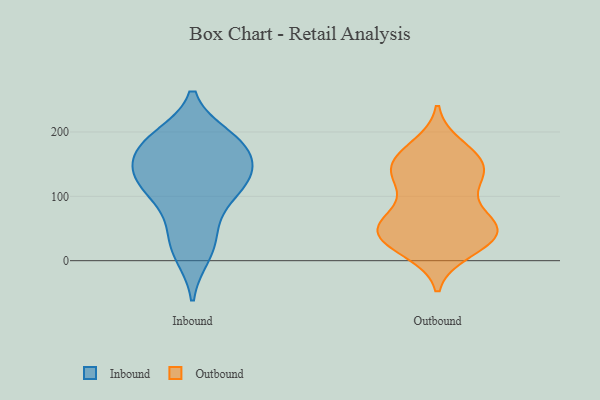
{"axis": {"x": "Market Share (%)", "y": "Value"}, "legend": ["Inbound", "Outbound"], "data": [{"x": "", "y": 118, "type": "Inbound"}, {"x": "", "y": 118, "type": "Inbound"}, {"x": "", "y": 187, "type": "Inbound"}, {"x": "", "y": 121, "type": "Inbound"}, {"x": "", "y": 157, "type": "Inbound"}, {"x": "", "y": 74, "type": "Inbound"}, {"x": "", "y": 191, "type": "Inbound"}, {"x": "", "y": 20, "type": "Inbound"}, {"x": "", "y": 138, "type": "Inbound"}, {"x": "", "y": 176, "type": "Inbound"}, {"x": "", "y": 137, "type": "Inbound"}, {"x": "", "y": 178, "type": "Inbound"}, {"x": "", "y": 44, "type": "Inbound"}, {"x": "", "y": 10, "type": "Inbound"}, {"x": "", "y": 113, "type": "Inbound"}, {"x": "", "y": 185, "type": "Inbound"}, {"x": "", "y": 177, "type": "Outbound"}, {"x": "", "y": 127, "type": "Outbound"}, {"x": "", "y": 55, "type": "Outbound"}, {"x": "", "y": 148, "type": "Outbound"}, {"x": "", "y": 158, "type": "Outbound"}, {"x": "", "y": 52, "type": "Outbound"}, {"x": "", "y": 143, "type": "Outbound"}, {"x": "", "y": 65, "type": "Outbound"}, {"x": "", "y": 68, "type": "Outbound"}, {"x": "", "y": 168, "type": "Outbound"}, {"x": "", "y": 123, "type": "Outbound"}, {"x": "", "y": 49, "type": "Outbound"}, {"x": "", "y": 28, "type": "Outbound"}, {"x": "", "y": 16, "type": "Outbound"}, {"x": "", "y": 48, "type": "Outbound"}, {"x": "", "y": 113, "type": "Outbound"}, {"x": "", "y": 49, "type": "Outbound"}, {"x": "", "y": 30, "type": "Outbound"}, {"x": "", "y": 144, "type": "Outbound"}, {"x": "", "y": 25, "type": "Outbound"}]}